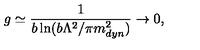
g \simeq \frac { 1 } { b \ln ( b \Lambda ^ { 2 } / \pi m _ { d y n } ^ { 2 } ) } \to 0 ,